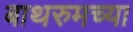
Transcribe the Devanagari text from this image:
बाथरुमच्‍या